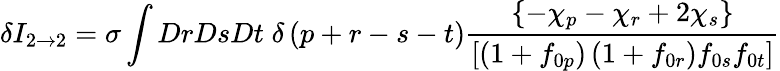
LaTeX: \delta I_{2\rightarrow 2}=\sigma\int DrDsDt\; \delta\left(p+r-s-t\right)\frac{\left\{ -\chi_{p}-\chi_{r}+2\chi_{s}\right\} }{\left[\left(1+f_{0p}\right)\left(1+f_{0r}\right)f_{0s}f_{0t}\right]}